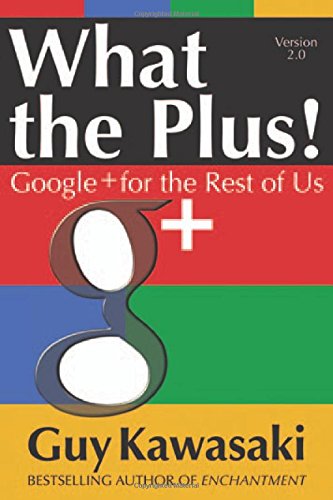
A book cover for What the Plus!: Google+ for the Rest of Us; Guy Kawasaki; Computers & Technology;